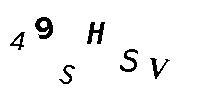
49SHSV